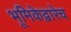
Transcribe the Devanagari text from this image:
भूमिकेद्वारेच